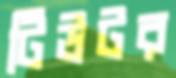
টিউটর